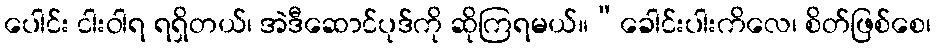
ပေါင်း ငါးဝါရ ရရှိတယ်၊ အဲဒီဆောင်ပုဒ်ကို ဆိုကြရမယ်။“ခေါင်းပါးကိလေ၊ စိတ်ဖြစ်စေ၊